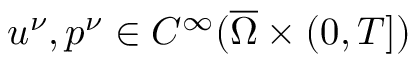
u ^ { \nu } , p ^ { \nu } \in C ^ { \infty } ( \overline { \Omega } \times ( 0 , T ] )